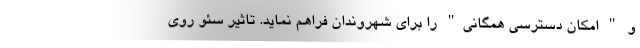
و " امکان دسترسی همگانی" را برای شهروندان فراهم نماید. تاثیر سئو روی